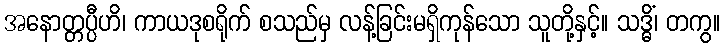
အနောတ္တပ္ပီဟိ၊ ကာယဒုစရိုက် စသည်မှ လန့်ခြင်းမရှိကုန်သော သူတို့နှင့်။ သဒ္ဓိံ၊ တကွ။